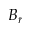
B _ { r }